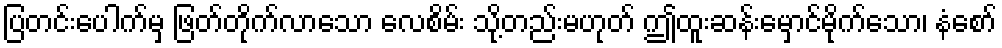
ပြတင်းပေါက်မှ ဖြတ်တိုက်လာသော လေစိမ်း သို့တည်းမဟုတ် ဤထူးဆန်းမှောင်မိုက်သော၊ နံစော်